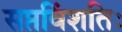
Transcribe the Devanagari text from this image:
सप्तविंशतिः